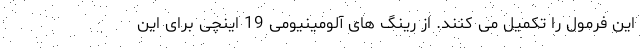
این فرمول را تکمیل می کنند. از رینگ های آلومینیومی 19 اینچی برای این